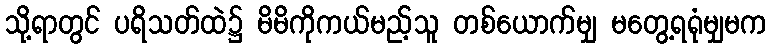
သို့ရာတွင် ပရိသတ်ထဲ၌ မိမိကိုကယ်မည့်သူ တစ်ယောက်မျှ မတွေ့ရရုံမျှမက